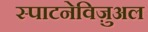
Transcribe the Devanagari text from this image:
स्पाटनेविज़ुअल